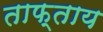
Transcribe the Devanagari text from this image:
ताफ्ताय